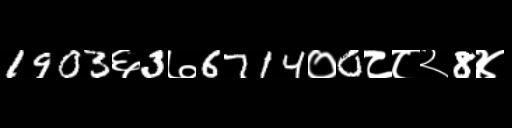
Text: 1903६3७6714०0८८२8४